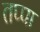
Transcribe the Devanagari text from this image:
तप्पा